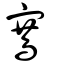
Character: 鶱